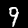
Label: 9